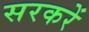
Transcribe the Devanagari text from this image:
सरकरें